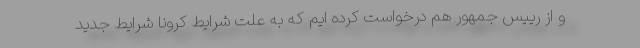
و از رییس جمهور هم درخواست کرده ایم که به علت شرایط کرونا شرایط جدید